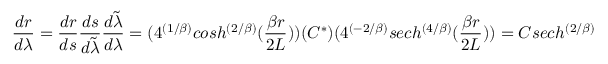
{ \frac { d r } { d \lambda } } = { \frac { d r } { d s } } { \frac { d s } { d \widetilde { \lambda } } } { \frac { d \widetilde { \lambda } } { d \lambda } } = ( 4 ^ { ( 1 / \beta ) } c o s h ^ { \left( { 2 / \beta } \right) } ( { \frac { \beta r } { 2 L } } ) ) ( C ^ { * } ) ( 4 ^ { ( - 2 / \beta ) } s e c h ^ { \left( { 4 / \beta } \right) } ( { \frac { \beta r } { 2 L } } ) ) = C s e c h ^ { \left( { 2 / \beta } \right) } ( { \frac { \beta r } { 2 L } } ) ,